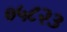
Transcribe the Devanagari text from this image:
०५८२३